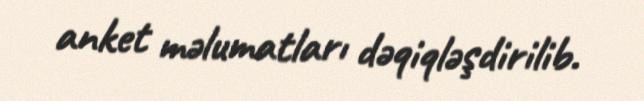
anket məlumatları dəqiqləşdirilib.